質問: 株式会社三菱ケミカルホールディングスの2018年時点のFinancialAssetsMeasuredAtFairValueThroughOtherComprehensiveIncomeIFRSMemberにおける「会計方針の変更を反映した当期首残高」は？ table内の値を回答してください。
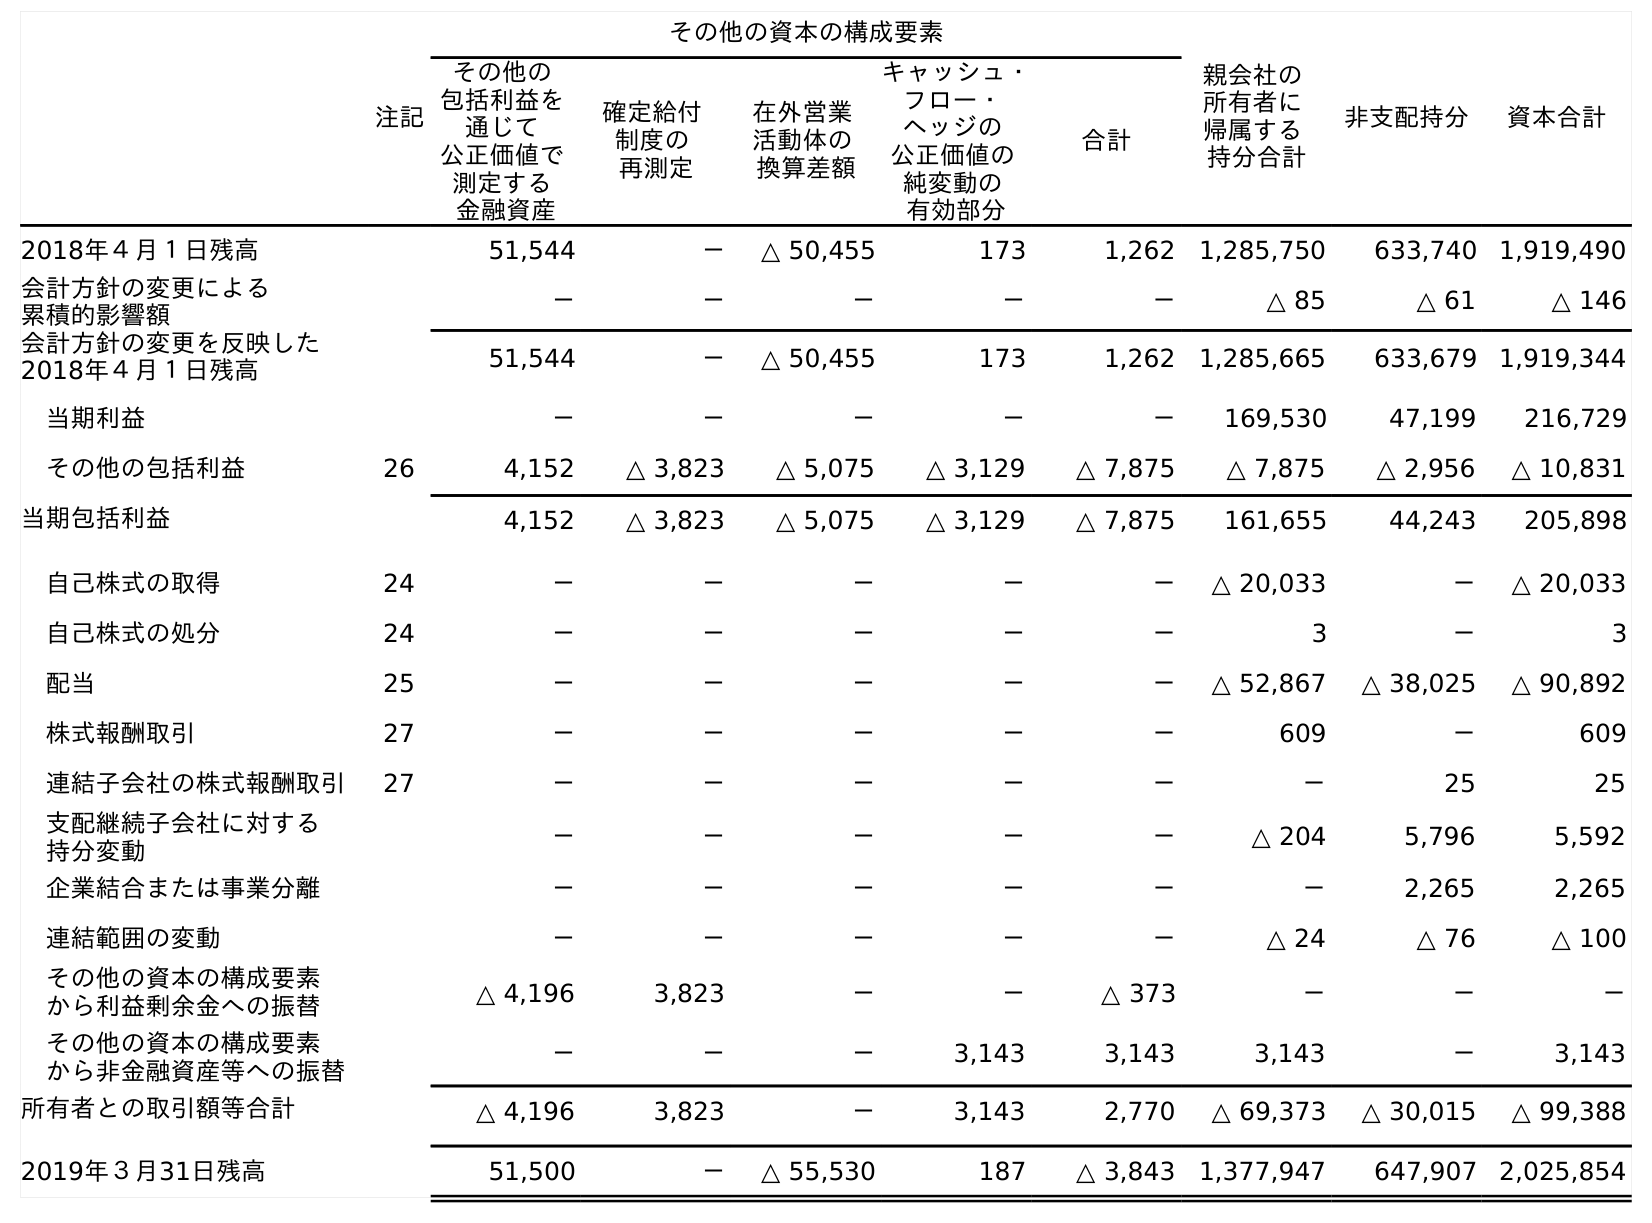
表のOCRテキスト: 注記 その他の資本の構成要素 親会社の 所有者に 帰属する 持分合計 非支配持分 資本合計 その他の 包括利益を 通じて 公正価値で 測定する 金融資産 確定給付 制度の 再測定 在外営業 活動体の 換算差額 キャッシュ・ フロー・ ヘッジの 公正価値の 純変動の 有効部分 合計 2018年４月１日残高 51,544 － △ 50,455 173 1,262 1,285,750 633,740 1,919,490 会計方針の変更による 累積的影響額 － － － － － △ 85 △ 61 △ 146 会計方針の変更を反映した 2018年４月１日残高 51,544 － △ 50,455 173 1,262 1,285,665 633,679 1,919,344 当期利益 － － － － － 169,530 47,199 216,729 その他の包括利益 26 4,152 △ 3,823 △ 5,075 △ 3,129 △ 7,875 △ 7,875 △ 2,956 △ 10,831 当期包括利益 4,152 △ 3,823 △ 5,075 △ 3,129 △ 7,875 161,655 44,243 205,898 自己株式の取得 24 － － － － － △ 20,033 － △ 20,033 自己株式の処分 24 － － － － － 3 － 3 配当 25 － － － － － △ 52,867 △ 38,025 △ 90,892 株式報酬取引 27 － － － － － 609 － 609 連結子会社の株式報酬取引 27 － － － － － － 25 25 支配継続子会社に対する 持分変動 － － － － － △ 204 5,796 5,592 企業結合または事業分離 － － － － － － 2,265 2,265 連結範囲の変動 － － － － － △ 24 △ 76 △ 100 その他の資本の構成要素 から利益剰余金への振替 △ 4,196 3,823 － － △ 373 － － － その他の資本の構成要素 から非金融資産等への振替 － － － 3,143 3,143 3,143 － 3,143 所有者との取引額等合計 △ 4,196 3,823 － 3,143 2,770 △ 69,373 △ 30,015 △ 99,388 2019年３月31日残高 51,500 － △ 55,530 187 △ 3,843 1,377,947 647,907 2,025,854
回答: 51,544